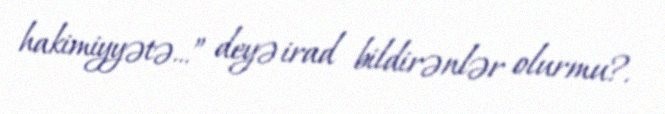
hakimiyyətə...” deyə irad bildirənlər olurmu?.